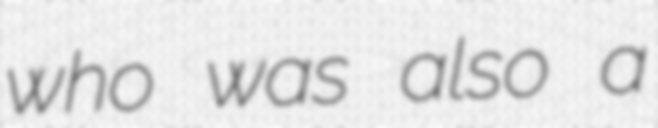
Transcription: who was also a